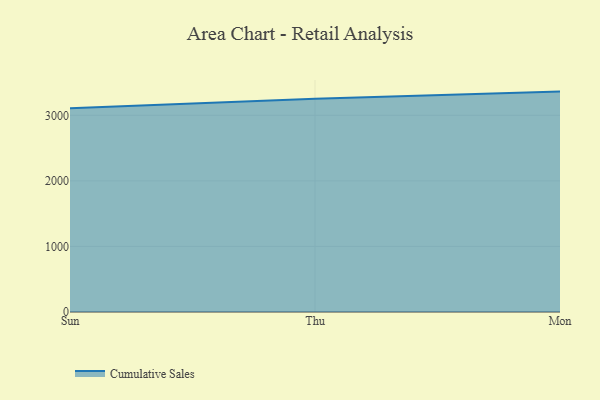
{"axis": {"x": "Day", "y": "Backlog"}, "legend": ["Cumulative Sales"], "data": [{"x": "Sun", "y": 3106.9, "type": "Cumulative Sales"}, {"x": "Thu", "y": 3250.8, "type": "Cumulative Sales"}, {"x": "Mon", "y": 3361.6, "type": "Cumulative Sales"}]}